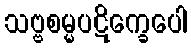
သဗ္ဗစမ္မပဋိက္ခေပေါ